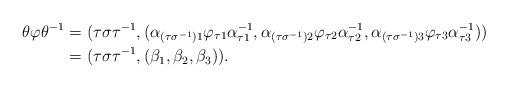
LaTeX: \begin{align*}\theta \varphi\theta^{-1}&= (\tau \sigma \tau ^{-1}, (\alpha_{( \tau \sigma^{-1})1} \varphi_{\tau 1} \alpha^{-1}_{\tau 1},\alpha_{( \tau \sigma^{-1})2} \varphi_{\tau 2} \alpha^{-1}_{\tau 2}, \alpha_{( \tau \sigma^{-1})3} \varphi_{\tau 3} \alpha^{-1}_{\tau 3}))\\ &=(\tau \sigma \tau ^{-1}, (\beta_1,\beta_2,\beta_3)).\end{align*}